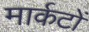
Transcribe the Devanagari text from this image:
मार्कटों